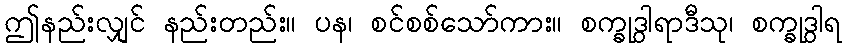
ဤနည်းလျှင် နည်းတည်း။ ပန၊ စင်စစ်သော်ကား။ စက္ခုဒွါရာဒီသု၊ စက္ခုဒွါရ